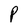
Character: P